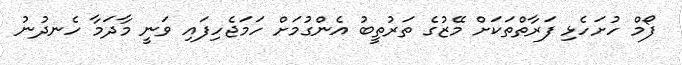
ފޯމް ހުށަހެޅި ފަރާތްތަކަަށް މޭޒުގެ ތަރުތީބު އެންގުމަށް ހަމަޖެހިފައި ވަނީ މާދަމާ ހެނދުނު